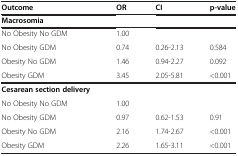
| Outcome | OR | CI | p-value |
 | --- | --- | --- | --- |
 | Macrosomia |  |  |  |
 | No Obesity No GDM | 1.00 |  |  |
 | No Obesity GDM | 0.74 | 0.26-2.13 | 0.584 |
 | Obesity No GDM | 1.46 | 0.94-2.27 | 0.092 |
 | Obesity GDM | 3.45 | 2.05-5.81 | <0.001 |
 | Cesarean section delivery |  |  |  |
 | No Obesity No GDM | 1.00 |  |  |
 | No Obesity GDM | 0.97 | 0.62-1.53 | 0.91 |
 | Obesity No GDM | 2.16 | 1.74-2.67 | <0.001 |
 | Obesity GDM | 2.26 | 1.65-3.11 | <0.001 |